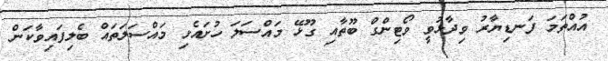
އުއްތަމަ ފަނޑިޔާރު ވިދާޅުވީ ވޯޓިންގް ބޫތާއި ގޫޅޭ މައްސަލަ ހުށައެޅި މައްސަލަތައް ބެލިފައިވާކަން